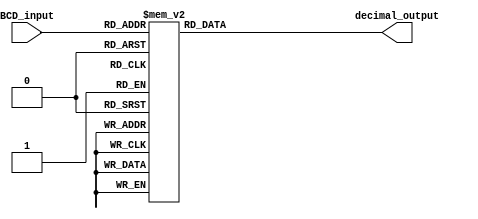
module BCD_Decoder (
    input [3:0] BCD_input,
    output reg [3:0] decimal_output
);

always @(BCD_input) begin
    case(BCD_input)
        4'b0000: decimal_output = 4'b0001; //0
        4'b0001: decimal_output = 4'b0010; //1
        4'b0010: decimal_output = 4'b0011; //2
        4'b0011: decimal_output = 4'b0100; //3
        4'b0100: decimal_output = 4'b0101; //4
        4'b0101: decimal_output = 4'b0110; //5
        4'b0110: decimal_output = 4'b0111; //6
        4'b0111: decimal_output = 4'b1000; //7
        4'b1000: decimal_output = 4'b1001; //8
        4'b1001: decimal_output = 4'b0000; //9
        default: decimal_output = 4'b0000; //default to 0
    endcase
end

endmodule